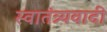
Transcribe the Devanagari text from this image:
स्वातंत्र्यवादी